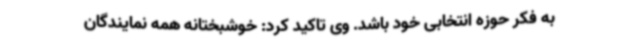
به فکر حوزه انتخابی خود باشد. وی تاکید کرد: خوشبختانه همه نمایندگان